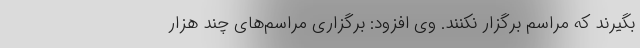
بگیرند که مراسم برگزار نکنند. وی افزود: برگزاری مراسم‌های چند هزار